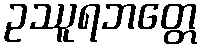
ဥဿူရဘတ္တေ